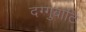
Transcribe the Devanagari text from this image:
दग्गुबाटि